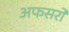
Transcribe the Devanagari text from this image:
अफसरो